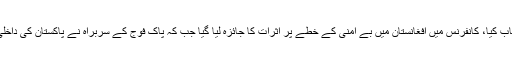
آئی ایس پی آر کے مطابق آرمی چیف نے جرمنی میں سینٹ کام ایشیا سیکیورٹی کانفرنس سے خطاب کیا، کانفرنس میں افغانستان میں بے امنی کے خطے پر اثرات کا جائزہ لیا گیا جب کہ پاک فوج کے سربراہ نے پاکستان کی داخلی اور خارجی صورتحال پر روشنی ڈالی، شرکاء کو پاکستان میں قیام امن کی کوششوں سے آگاہ کیا۔